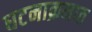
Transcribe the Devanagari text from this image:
घटनाक्रमात